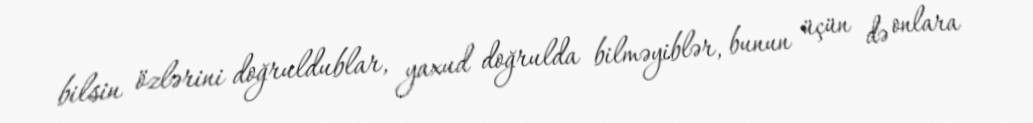
bilsin özlərini doğruldublar, yaxud doğrulda bilməyiblər, bunun üçün də onlara